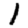
Digit: 1